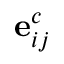
\mathbf { e } _ { i j } ^ { c }